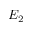
E _ { 2 }